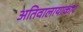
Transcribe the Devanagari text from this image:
अतिवालायाकार